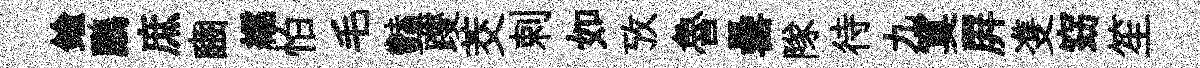
鍮鸝庶豳繻怕毛豔躞茭剌如攷魯罍隊待九寞屛㕠窈笙